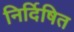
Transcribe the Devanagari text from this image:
निर्दिषित